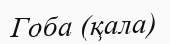
Гоба (қала)